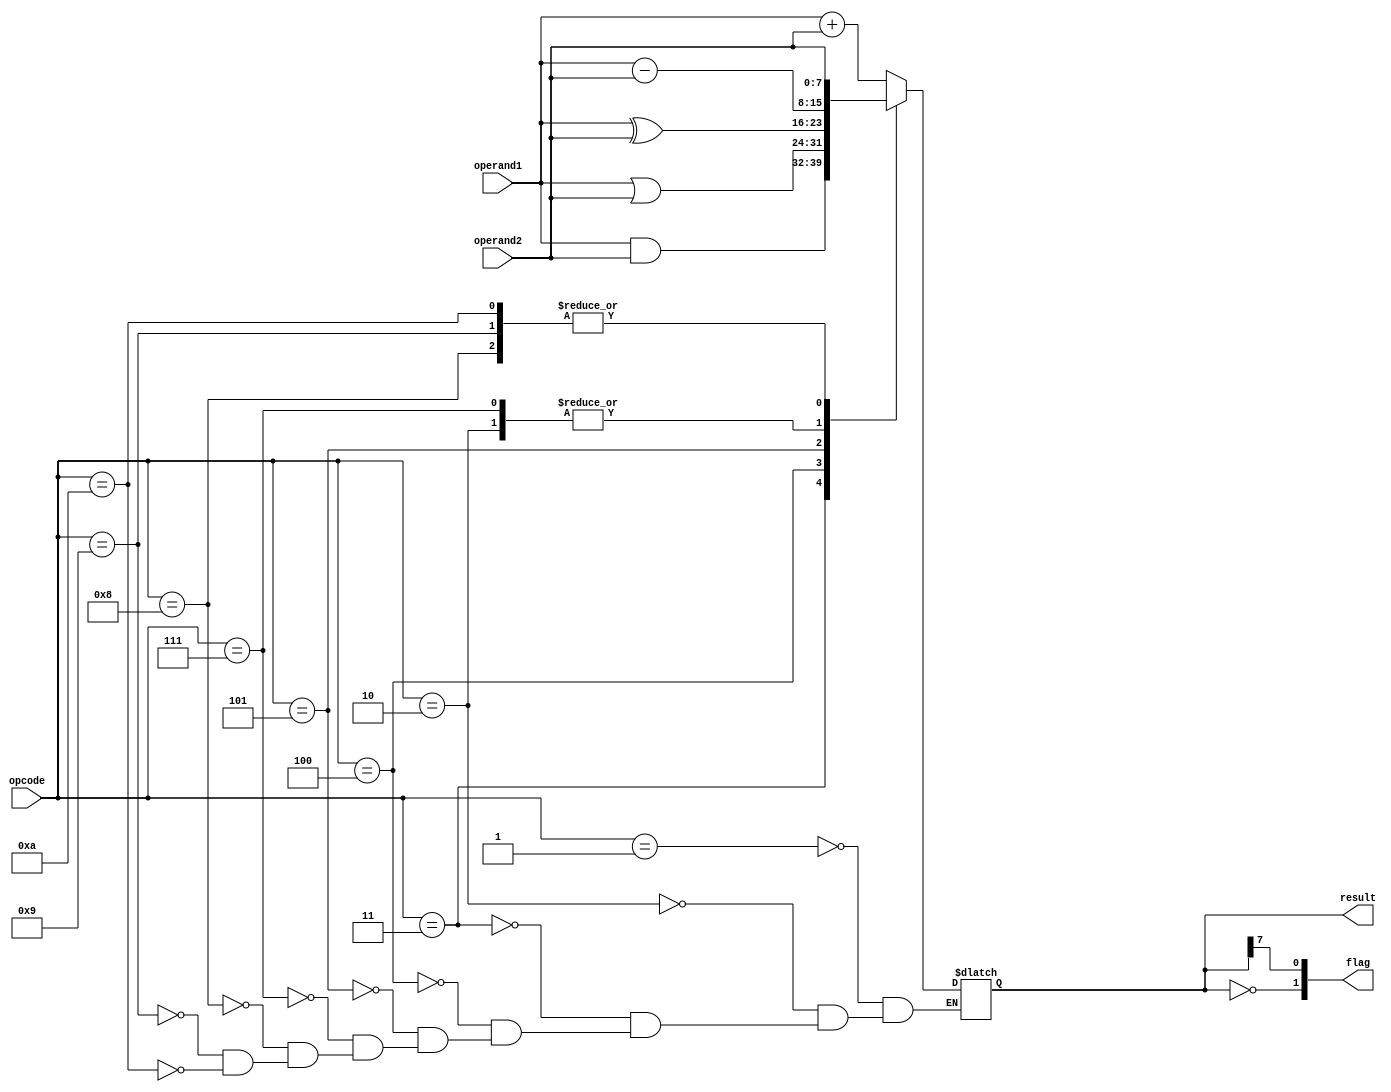
module alu(input wire [7:0]operand1,
            input wire [7:0]operand2,
            input wire [3:0]opcode,
            output reg [7:0]result,
            output wire [1:0]flag
            );
            
wire N, S;

assign Z = (result == 0);
assign N = result[7]; 
assign flag = {Z, N};

always @(*) begin
    case(opcode)
    4'b0000: result = result;
    4'b0001: result = operand1 + operand2;
    4'b0010: result = operand1 - operand2;
    4'b0011: result = operand1 & operand2;
    4'b0100: result = operand1 | operand2;
    4'b0101: result = operand1 ^ operand2;
    4'b0111: result = operand1 - operand2;
    4'b1000: result = operand2;
    4'b1001: result = operand2;
    4'b1010: result = operand2;
    4'b1111: result = result;
    endcase
    
end

endmodule